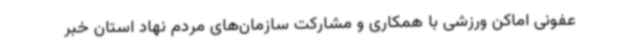
عفونی اماکن ورزشی با همکاری و مشارکت سازمان‌های مردم نهاد استان خبر